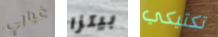
غيابي بيتزا تكتيكي